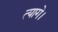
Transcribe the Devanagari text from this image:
त्यागे।